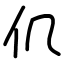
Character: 仉